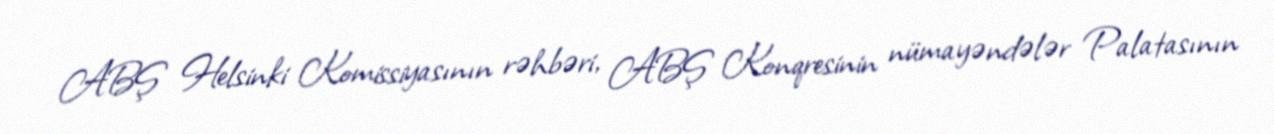
ABŞ Helsinki Komissiyasının rəhbəri, ABŞ Konqresinin nümayəndələr Palatasının